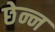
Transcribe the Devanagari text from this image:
छेन्न